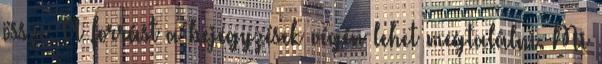
össze. A forrást a bejegyzések végén lehet megtalálni. Mi